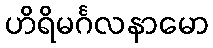
ဟိရိမင်္ဂလနာမော